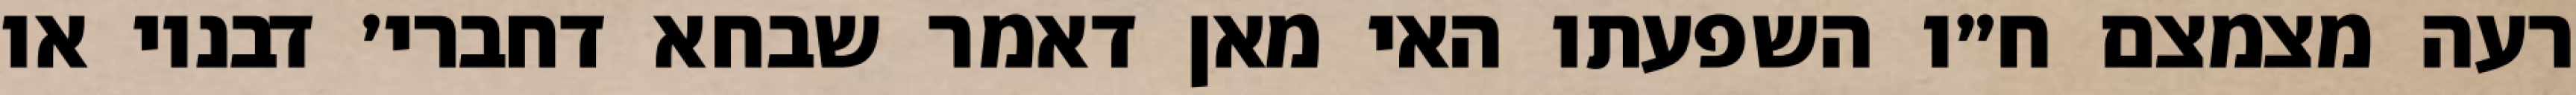
רעה מצמצם ח״ו השפעתו האי מאן דאמר שבחא דחברי׳ דבנוי או